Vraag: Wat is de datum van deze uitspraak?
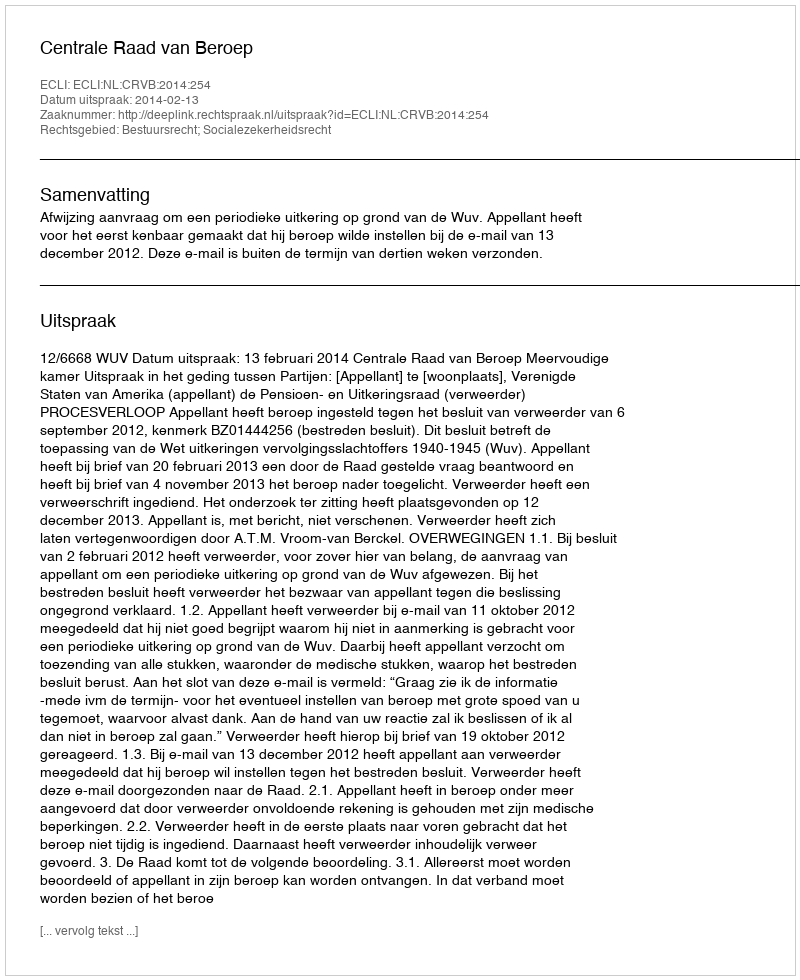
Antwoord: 2014-02-13